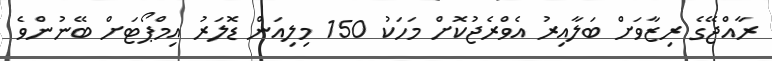
ރާއްޖޭގެ ރިޒާވަށް ބަލާއިރު އެވްރެޖުކޮށް މަހަކު 150 މިލިއަން ޑޮލަރު އިމްޕޯޓަށް ބޭނުންވެ